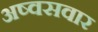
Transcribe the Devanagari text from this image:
अष्वसवार